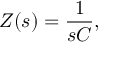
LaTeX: Z ( s ) = { \frac { 1 } { s C } } ,